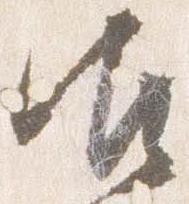
御